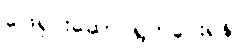
ဖြေရှင်းဆောင်ရွက်ပေးရန်